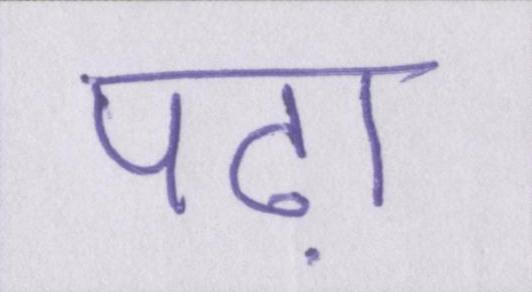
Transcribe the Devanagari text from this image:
पढ़ा